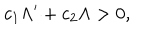
LaTeX: c _ { 1 } \Lambda ^ { \prime } + c _ { 2 } \Lambda > 0 ,